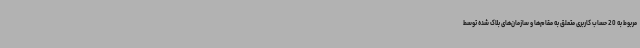
مربوط به 20 حساب کاربری متعلق به مقام‌ها و سازمان‌های بلاک شده توسط